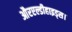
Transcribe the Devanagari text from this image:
औरएल्डीहाइड्स।